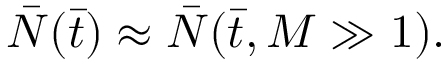
{ \bar { \cal N } } ( { \bar { t } } ) \approx { \bar { \cal N } } ( { \bar { t } } , M \gg 1 ) .